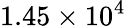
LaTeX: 1.45\times 10^{4}